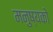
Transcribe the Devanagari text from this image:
मनुष्यको